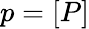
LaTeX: p=[P]